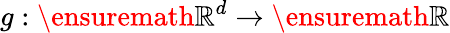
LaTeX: g:\ensuremath{\mathbb{R}^{d}}\to\ensuremath{\mathbb{R}}